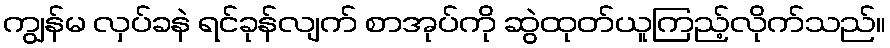
ကျွန်မ လှပ်ခနဲ ရင်ခုန်လျက် စာအုပ်ကို ဆွဲထုတ်ယူကြည့်လိုက်သည်။